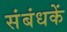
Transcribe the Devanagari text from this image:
संबंधकें